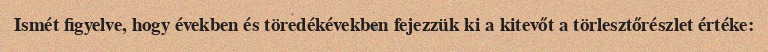
Ismét figyelve, hogy években és töredékévekben fejezzük ki a kitevőt a törlesztőrészlet értéke: